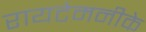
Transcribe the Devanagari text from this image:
रायटेमनीके